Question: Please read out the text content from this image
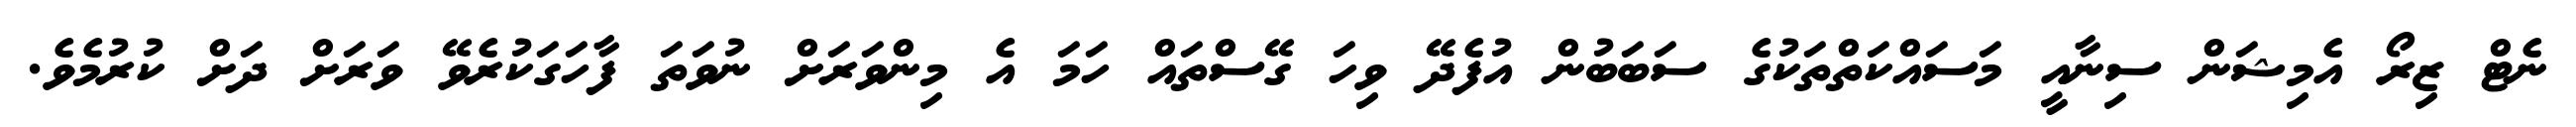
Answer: ނެޓް ޒިރޯ އެމިޝަން ސިނާއީ މަސައްކަތްތަކުގެ ސަބަބުން އުފެދޭ ވިހަ ގޭސްތައް ހަމަ އެ މިންވަރަށް ނުވަތަ ފާހަގަކުރެވޭ ވަރަށް ދަށް ކުރުމެވެ.